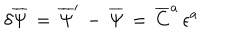
\delta { \overline { { \Psi } } } \, = \, { \overline { { \Psi } } } ^ { \prime } \, - \, { \overline { { \Psi } } } \, = \, { \overline { { C } } } ^ { a } \, \epsilon ^ { a }